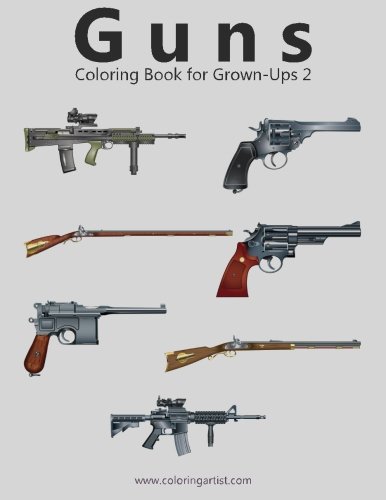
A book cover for Guns Coloring Book for Grown-Ups 2 (Volume 2); Nick Snels; Crafts, Hobbies & Home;